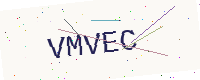
Text: VMVEC